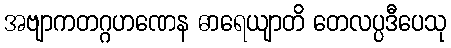
အဗျာကတဂ္ဂဟဏေန ဓာရေယျာတိ တေလပ္ပဒီပေသု